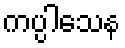
ကပ္ပါသေန